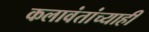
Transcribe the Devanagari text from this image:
कलावंतांच्याही